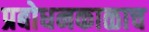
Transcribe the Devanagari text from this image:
प्रबोधनकाळाच